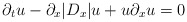
\begin{align*}\partial_tu-\partial_x|D_x|u+u\partial_xu=0\end{align*}